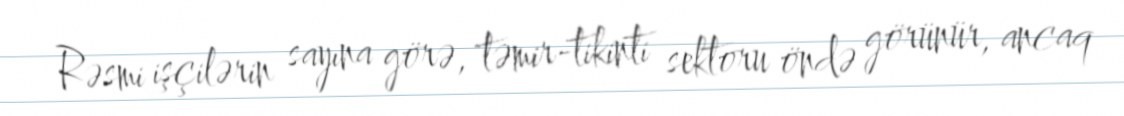
Rəsmi işçilərin sayına görə, təmir-tikinti sektoru öndə görünür, ancaq